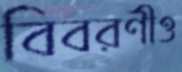
বিবরণীও